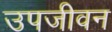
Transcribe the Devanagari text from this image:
उपजीवन